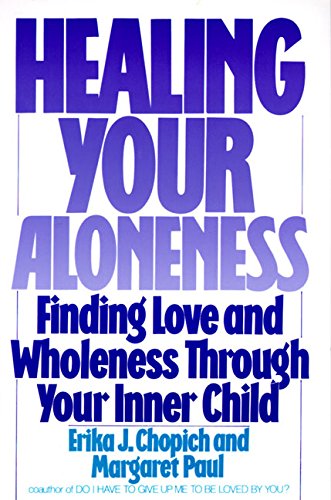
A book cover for Healing Your Aloneness: Finding Love and Wholeness Through Your Inner Child; Margaret Paul; Self-Help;